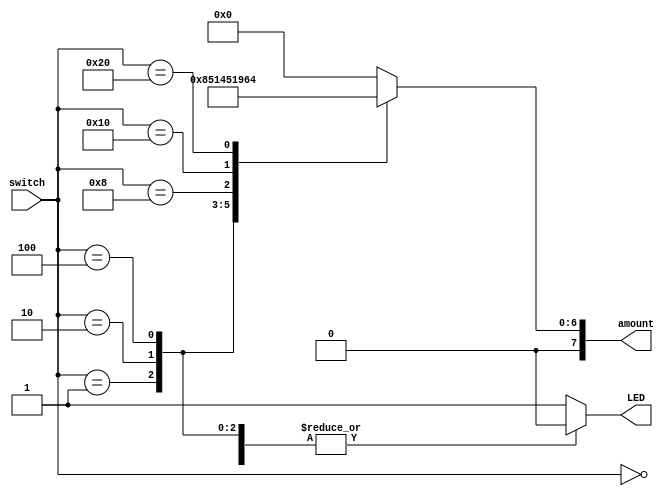
`timescale 1ns / 1ps

module determineAmount(
    input [5:0] switch,
    output [7:0] amount,
    output LED
    );
    
    reg [7:0] c_amount = 8'b00000000; 
    
    
    always @(switch)
    begin
        case(switch)
            1: c_amount = 8'b00000001; 
            2: c_amount = 8'b00000101; 
            4: c_amount = 8'b00001010; 
            8: c_amount = 8'b00010100; 
            16: c_amount = 8'b00110010; 
            32: c_amount = 8'b01100100; 
            default: c_amount = 8'b00000000;  
        endcase
    end
    
    assign amount = c_amount;
    
    reg active = 1'b0; 
    
    
    always @(switch)
    begin
        case(switch)
            0: active = 1'b0; 
            1: active = 1'b0; 
            2: active = 1'b0; 
            4: active = 1'b0; 
            8: active = 1'b0; 
            16: active = 1'b0; 
            32: active = 1'b0; 
            default: active = 1'b1; 
        endcase
    end
    
    assign LED = active;
    
endmodule